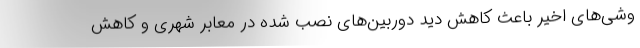
وشی‌های اخیر باعث کاهش دید دوربین‌های نصب شده در معابر شهری و کاهش